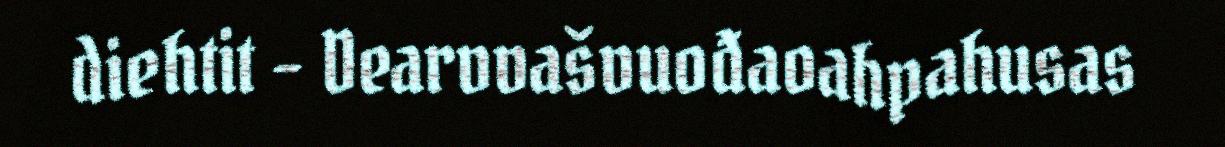
diehtit – Dearvvašvuođaoahpahusas